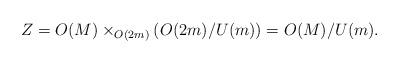
LaTeX: \begin{align*}Z=O(M)\times_{O(2m)}(O(2m)/U(m))=O(M)/U(m).\end{align*}